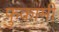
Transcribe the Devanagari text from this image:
फुकामी